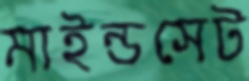
মাইন্ডসেট